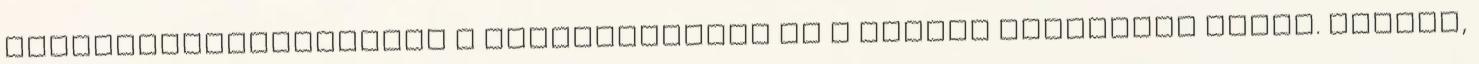
Jogszabályváltozások a közétkeztetés és a kémiai biztonság terén. Siófok,